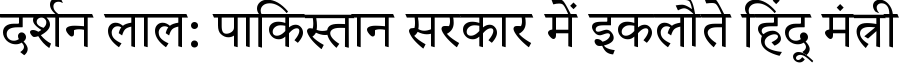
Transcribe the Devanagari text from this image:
दर्शन लाल: पाकिस्तान सरकार में इकलौते हिंदू मंत्री